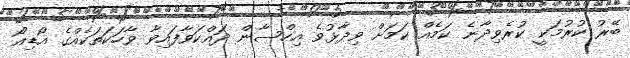
ބޭރު ކުރުމަކީ ކުރެވިދާނެ ކަމެއް ކަމަށް ވިދާޅުވެ އިހްސާން ދައްކަވާފައިވާ ވާހަކަތަކެއްގެ އޯޑިއޯ